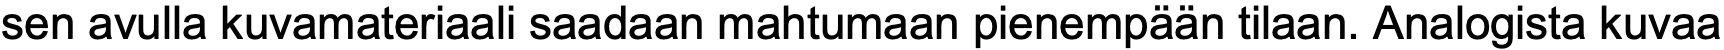
sen avulla kuvamateriaali saadaan mahtumaan pienempään tilaan. Analogista kuvaa